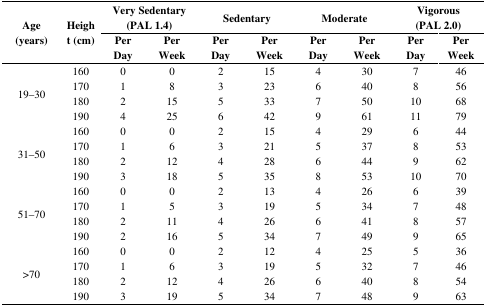
<table><thead><tr><td rowspan="2"><b>Age (years)</b></td><td rowspan="2"><b>Height (cm)</b></td><td colspan="2"><b>Very Sedentary (PAL 1.4)</b></td><td colspan="2"><b>Sedentary</b></td><td colspan="2"><b>Moderate</b></td><td colspan="2"><b>Vigorous (PAL 2.0)</b></td></tr><tr><td><b>Per Day</b></td><td><b>Per Week</b></td><td><b>Per Day</b></td><td><b>Per Week</b></td><td><b>Per Day</b></td><td><b>Per Week</b></td><td><b>Per Day</b></td><td><b>Per Week</b></td></tr></thead><tbody><tr><td rowspan="4">19–30</td><td>160</td><td>0</td><td>0</td><td>2</td><td>15</td><td>4</td><td>30</td><td>7</td><td>46</td></tr><tr><td>170</td><td>1</td><td>8</td><td>3</td><td>23</td><td>6</td><td>40</td><td>8</td><td>56</td></tr><tr><td>180</td><td>2</td><td>15</td><td>5</td><td>33</td><td>7</td><td>50</td><td>10</td><td>68</td></tr><tr><td>190</td><td>4</td><td>25</td><td>6</td><td>42</td><td>9</td><td>61</td><td>11</td><td>79</td></tr><tr><td rowspan="4">31–50</td><td>160</td><td>0</td><td>0</td><td>2</td><td>15</td><td>4</td><td>29</td><td>6</td><td>44</td></tr><tr><td>170</td><td>1</td><td>6</td><td>3</td><td>21</td><td>5</td><td>37</td><td>8</td><td>53</td></tr><tr><td>180</td><td>2</td><td>12</td><td>4</td><td>28</td><td>6</td><td>44</td><td>9</td><td>62</td></tr><tr><td>190</td><td>3</td><td>18</td><td>5</td><td>35</td><td>8</td><td>53</td><td>10</td><td>70</td></tr><tr><td rowspan="4">51–70</td><td>160</td><td>0</td><td>0</td><td>2</td><td>13</td><td>4</td><td>26</td><td>6</td><td>39</td></tr><tr><td>170</td><td>1</td><td>5</td><td>3</td><td>19</td><td>5</td><td>34</td><td>7</td><td>48</td></tr><tr><td>180</td><td>2</td><td>11</td><td>4</td><td>26</td><td>6</td><td>41</td><td>8</td><td>57</td></tr><tr><td>190</td><td>2</td><td>16</td><td>5</td><td>34</td><td>7</td><td>49</td><td>9</td><td>65</td></tr><tr><td rowspan="4">&gt;70</td><td>160</td><td>0</td><td>0</td><td>2</td><td>12</td><td>4</td><td>25</td><td>5</td><td>36</td></tr><tr><td>170</td><td>1</td><td>6</td><td>3</td><td>19</td><td>5</td><td>32</td><td>7</td><td>46</td></tr><tr><td>180</td><td>2</td><td>12</td><td>4</td><td>26</td><td>6</td><td>40</td><td>8</td><td>54</td></tr><tr><td>190</td><td>3</td><td>19</td><td>5</td><td>34</td><td>7</td><td>48</td><td>9</td><td>63</td></tr></tbody></table>